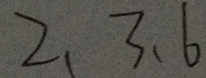
2 . 3 . 6